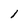
Character: l